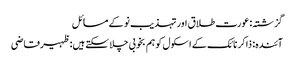
گزشتہ: عورت طلاق اور تہذیب نو کے مسائل
آئندہ: ذاکر نائک کے اسکول کو ہم بخوبی چلا سکتے ہیں:ظہیرقاضی